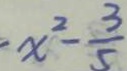
x ^ { 2 } - \frac { 3 } { 5 }